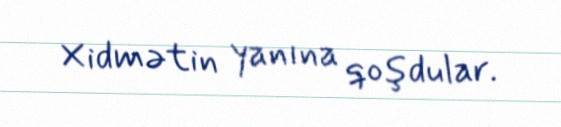
Xidmətin yanına qoşdular.